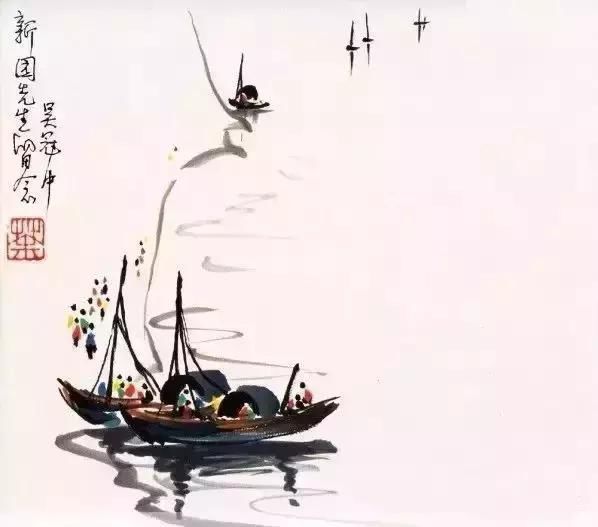
月下飞天镜，云生结海楼。